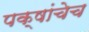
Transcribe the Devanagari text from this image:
पक्षांचेच